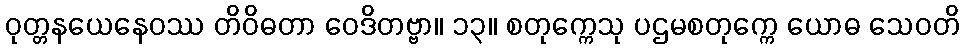
ဝုတ္တနယေနေဝဿ တိဝိဓတာ ဝေဒိတဗ္ဗာ။ ၁၃။ စတုက္ကေသု ပဌမစတုက္ကေ ယောဓ သေဝတိ